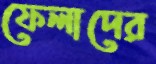
ফেলাদের